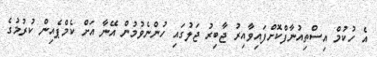
އެ ހުކުމް އިސްތިއުނާފްކޮށްފައިވާއިރު ޖާބިރު ޖަލުގައި ހުންނެވުމުން އޭނާ އަށް ކެމްޕެއިން ކުރުމުގެ